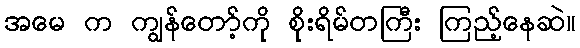
အမေ က ကျွန်တော့်ကို စိုးရိမ်တကြီး ကြည့်နေဆဲ။